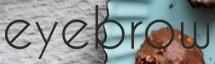
eyebrow